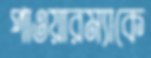
পাওয়ারম্যাকে